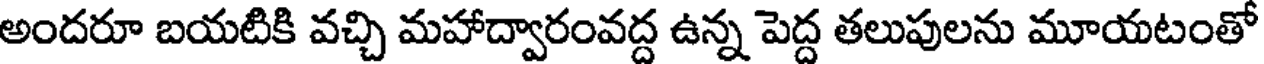
అందరూ బయటికి వచ్చి మహాద్వారంవద్ద ఉన్న పెద్ద తలుపులను మూయటంతో